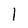
Character: I